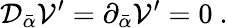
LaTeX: {\cal D}_{\bar{\alpha}}{\cal V}^{\prime}=\partial_{\bar{\alpha}}{\cal V}^{\prime}=0\ .